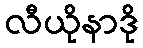
လီယိုနာဒို